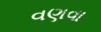
વણવા